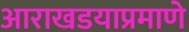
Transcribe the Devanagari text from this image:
आराखडयाप्रमाणे